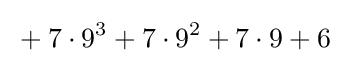
{}+7\cdot 9^{3}+7\cdot 9^{2}+7\cdot 9+6